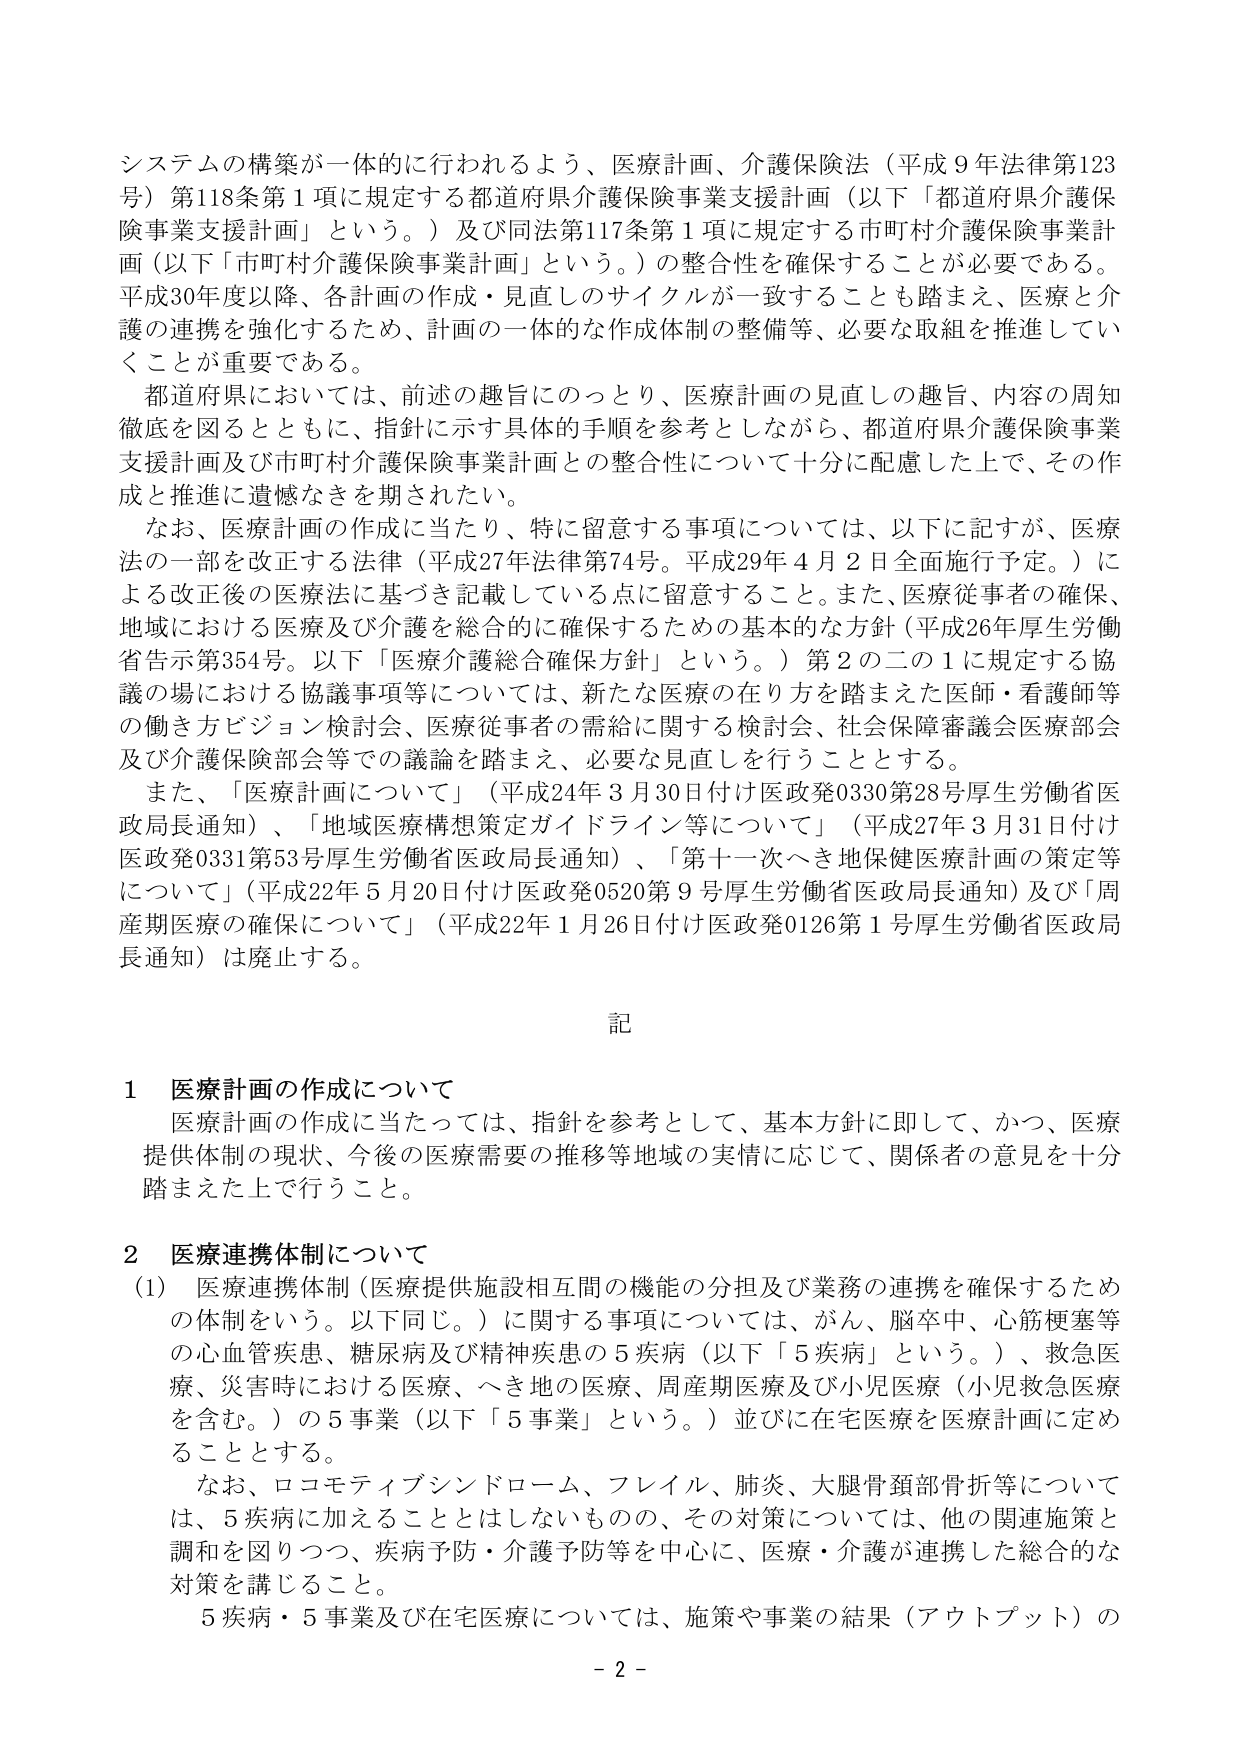
システムの構築が一体的に行われるよう、医療計画、介護保険法（平成９年法律第123号）第118条第１項に規定する都道府県介護保険事業支援計画（以下「都道府県介護保険事業支援計画」という。）及び同法第117条第１項に規定する市町村介護保険事業計画（以下「市町村介護保険事業計画」という。）の整合性を確保することが必要である。平成30年度以降、各計画の作成・見直しのサイクルが一致することも踏まえ、医療と介護の連携を強化するため、計画の一体的な作成体制の整備等、必要な取組を推進していくことが重要である。

都道府県においては、前述の趣旨にのっとり、医療計画の見直しの趣旨、内容の周知徹底を図るとともに、指針に示す具体的手順を参考としながら、都道府県介護保険事業支援計画及び市町村介護保険事業計画との整合性について十分に配慮した上で、その作成と推進に遺憾なきを期されたい。

なお、医療計画の作成に当たり、特に留意する事項については、以下に記すが、医療法の一部を改正する法律（平成27年法律第74号。平成29年４月２日全面施行予定。）による改正後の医療法に基づき記載している点に留意すること。また、医療従事者の確保、地域における医療及び介護を総合的に確保するための基本的な方針（平成26年厚生労働省告示第354号。以下「医療介護総合確保方針」という。）第２の二の１に規定する協議の場における協議事項等については、新たな医療の在り方を踏まえた医師・看護師等の働き方ビジョン検討会、医療従事者の需給に関する検討会、社会保障審議会医療部会及び介護保険部会等での議論を踏まえ、必要な見直しを行うこととする。

また、「医療計画について」（平成24年３月30日付け医政発0330第28号厚生労働省医政局長通知）、「地域医療構想策定ガイドライン等について」（平成27年３月31日付け医政発0331第53号厚生労働省医政局長通知）、「第十一次へき地保健医療計画の策定等について」（平成22年５月20日付け医政発0520第９号厚生労働省医政局長通知）及び「周産期医療の確保について」（平成22年１月26日付け医政発0126第１号厚生労働省医政局長通知）は廃止する。

記

１ 医療計画の作成について
医療計画の作成に当たっては、指針を参考として、基本方針に即して、かつ、医療提供体制の現状、今後の医療需要の推移等地域の実情に応じて、関係者の意見を十分踏まえた上で行うこと。

２ 医療連携体制について
（1）医療連携体制（医療提供施設相互間の機能の分担及び業務の連携を確保するための体制をいう。以下同じ。）に関する事項については、がん、脳卒中、心筋梗塞等の心血管疾患、糖尿病及び精神疾患の５疾病（以下「５疾病」という。）、救急医療、災害時における医療、へき地の医療、周産期医療及び小児医療（小児救急医療を含む。）の５事業（以下「５事業」という。）並びに在宅医療を医療計画に定めることとする。

なお、ロコモティブシンドローム、フレイル、肺炎、大腿骨頸部骨折等については、５疾病に加えることはしないものの、その対策については、他の関連施策と調和を図りつつ、疾病予防・介護予防等を中心に、医療・介護が連携した総合的な対策を講じること。

５疾病・５事業及び在宅医療については、施策や事業の結果（アウトプット）の

－２－